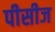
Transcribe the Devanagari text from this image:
पीसीज